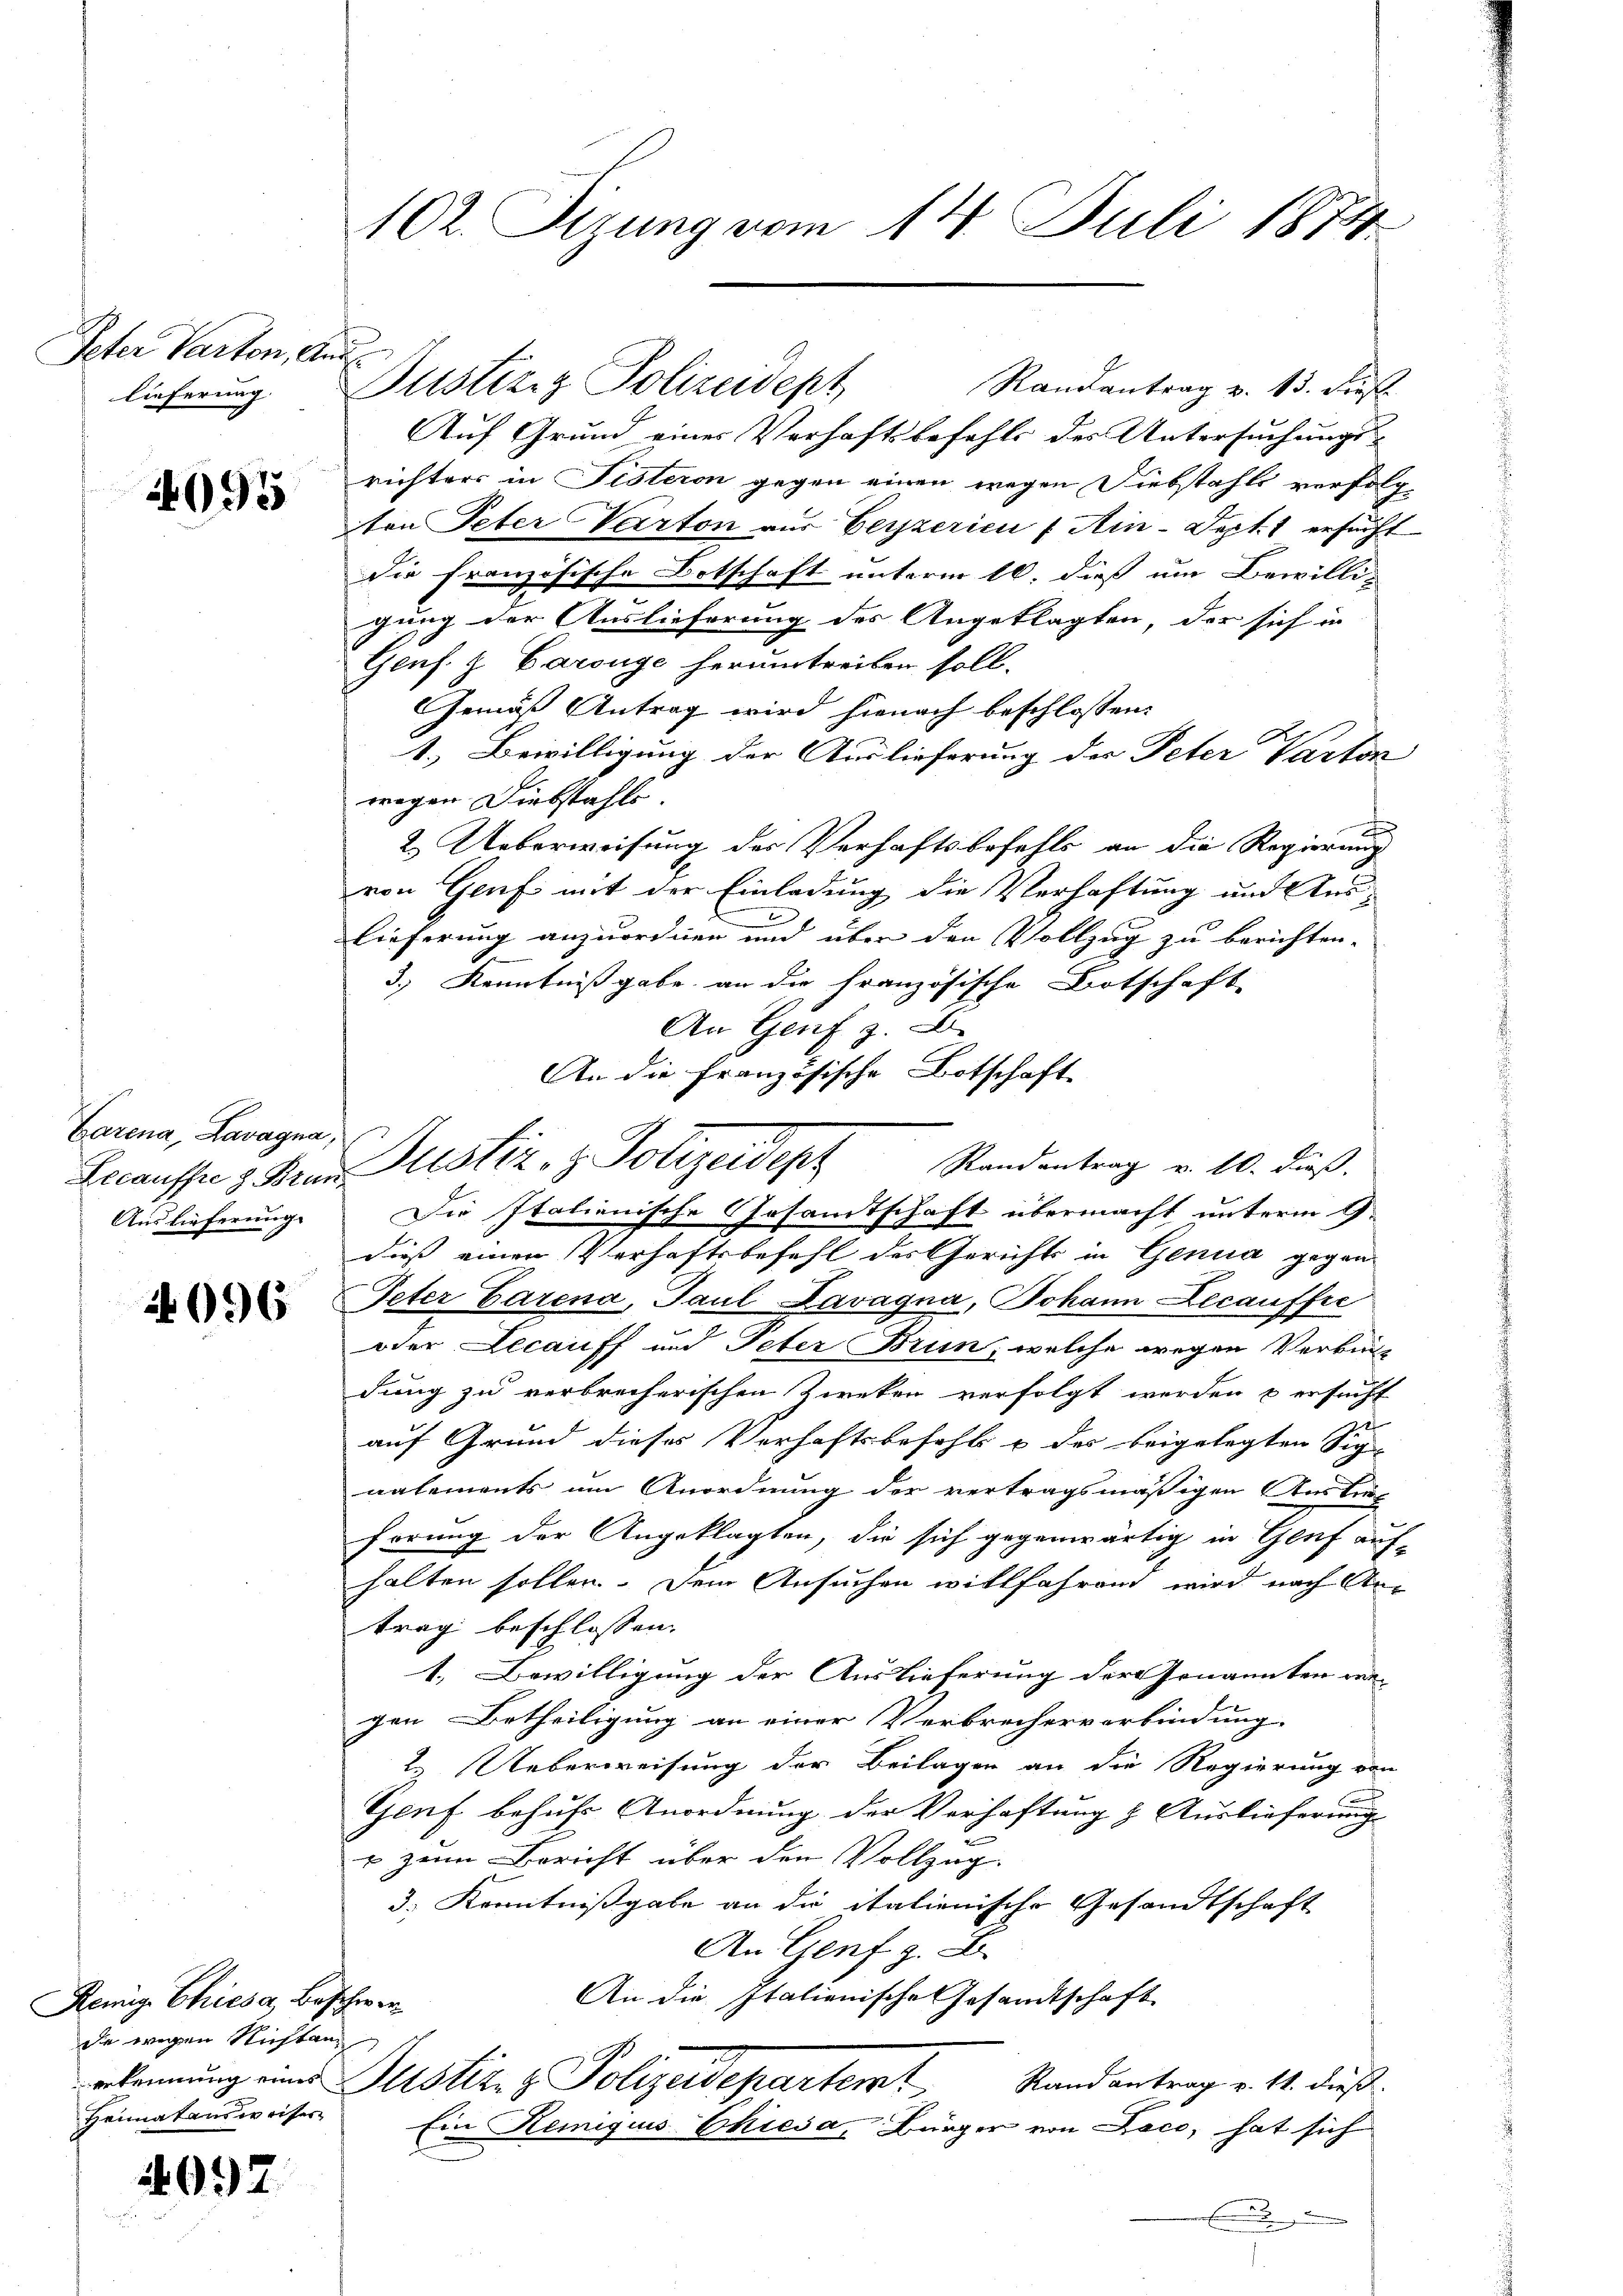
Peter Parten, a.
lieferung

4095

Garena, Lavagna,
Auslieferung.

2096

Remig Chiesa, Beschwer
de wegen Nichten
Heimatans weiser

4097

102. Sizung vom 14. Juli 1874

.

Randantrag v. 13. dieß.
Auf Grund eines Verhaftsbefehls des Untersuchungsrichters in Fisteron gegen einen wegen Diebstahls verfolg-
ten Peter Varton aus Verzerien (Ain-Sept. 1 ersucht
Die französische Botschaft unterm 16. dieß um Bewilli-
gung der Auslieferung des Angeklagten, der sich in
Genf. J. Carouge herumtreiben soll.
Gemäß Antrag wird hienach beschlossen:
1.) Bewilligung der Auslieferung der Peter Varton
wegen Diebstahle. |
2. Ueberweisung des Verhaftsbefehls an die Regierung
von Genf mit der Einladung die Verhaftung und Aus-
E
Lieferung anzuordnen und über den Vollzug zu berichten.
3.) Kenntnißgabe an die französische Botschaft
An Genf z. B.
An die Französische Botschaft
Die Italienische Gesamtschaft übermacht unterm 9.
E
dieß einen Verhaftsbefehl des Gerichts in Genua gegen-
Peter Carena, Paul Lavagna, Johann Decauffre
oder Lecauff und Peter Brun, welche wegen Verbindung zu verbrecherischen Zweken verfolgt werden & ersucht
auf Grund dieses Verhaftsbefehle & des beigelegten Sig-
aalements um Anordnung der vertragsmäßigen Austür
hörung der Angeklagten, die sich gegenwärtig in Genf auf-
halten sollen. Dem Ansuchen willfahren wird nach Antrag beschlossen. |
1. Bewilligung der Auslieferung der Genannten ver-
gen Betheiligung an einer Verbrecherverbindung
t Ueberweisung der Beilagen an die Regierung von
Genf behufs Anordnung der Verhaftung & Auslieferung
+ zum Bericht über den Vollzug.
3. Kenntnißgabe an die italienische Gesandtschaft
An Genf z. B.
An die Italienische Gesandtschaft
erkennung einer Justiz- & Polizeidepartert
Rand antrag v. 11. dieß.
Ein Remigius Chiesa, Bürger von Laco, hat sich

Justizig Polizeidept

Becausser 3 Frau Justiz- & Polizeidept Randantrag v. 10. dieß.